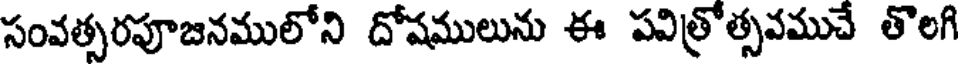
సంవత్సరపూజనములోని దోషములును ఈ పవిత్రోత్సవముచే తొలగి